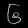
Digit: ၆